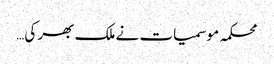
محکمہ موسمیات نے ملک بھر کی…